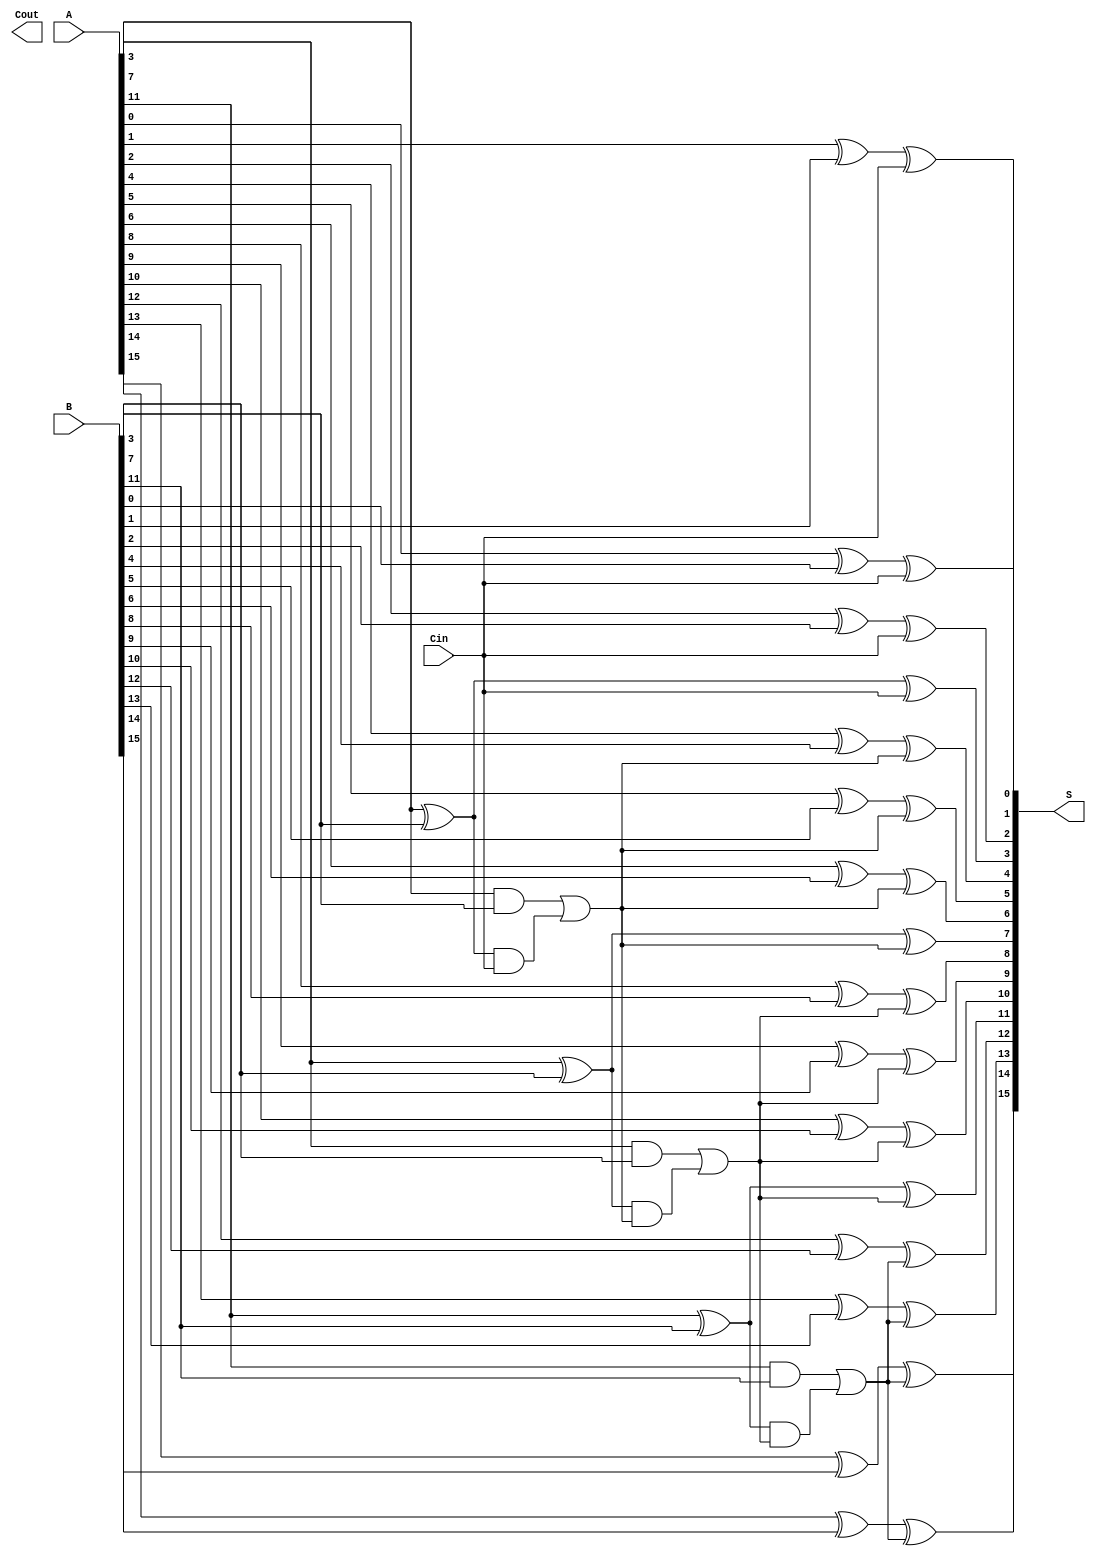
module han_carlson_adder #(parameter N = 16, // Total number of bits
                            parameter SEG_SIZE = 4) // Size of each segment
(
    input  [N-1:0] A,      // First n-bit input
    input  [N-1:0] B,      // Second n-bit input
    input  Cin,            // Carry-in signal
    output [N-1:0] S,      // n-bit sum output
    output Cout            // Carry-out signal
);

    localparam NUM_SEGMENTS = N / SEG_SIZE;

    wire [SEG_SIZE-1:0] P [NUM_SEGMENTS-1:0]; // Propagate signals
    wire [SEG_SIZE-1:0] G [NUM_SEGMENTS-1:0]; // Generate signals
    wire [NUM_SEGMENTS:0] C; // Carry signals for each segment

    // Generate and propagate signals for each segment
    genvar i, j;
    generate
        for (i = 0; i < NUM_SEGMENTS; i = i + 1) begin : seg
            for (j = 0; j < SEG_SIZE; j = j + 1) begin : bit
                assign P[i][j] = A[i*SEG_SIZE + j] ^ B[i*SEG_SIZE + j]; // Propagate
                assign G[i][j] = A[i*SEG_SIZE + j] & B[i*SEG_SIZE + j]; // Generate
            end
            
            // Carry generation for each segment
            if (i == 0) begin
                assign C[i] = Cin; // First segment takes Cin directly
            end else begin
                assign C[i] = G[i-1][SEG_SIZE-1] | (P[i-1][SEG_SIZE-1] & C[i-1]); // Carry from previous segment
            end
        end
    endgenerate

    // Calculate sum for each segment using the selected carries
    generate
        for (i = 0; i < NUM_SEGMENTS; i = i + 1) begin : sum
            for (j = 0; j < SEG_SIZE; j = j + 1) begin : sum_bit
                assign S[i*SEG_SIZE + j] = P[i][j] ^ C[i]; // Sum calculation
            end
        end
    endgenerate

    // Final carry-out
    assign Cout = C[NUM_SEGMENTS];

endmodule